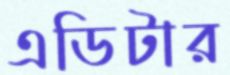
এডিটার